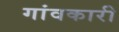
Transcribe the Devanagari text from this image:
गांवकारी